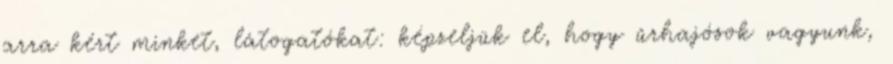
arra kért minket, látogatókat: képzeljük el, hogy űrhajósok vagyunk,